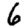
Digit: 6